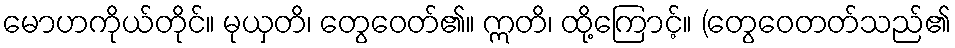
မောဟကိုယ်တိုင်။ မုယှတိ၊ တွေဝေတ်၏။ ဣတိ၊ ထို့ကြောင့်။ (တွေဝေတတ်သည်၏